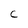
Character: C